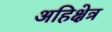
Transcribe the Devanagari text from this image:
अहिक्षेत्र